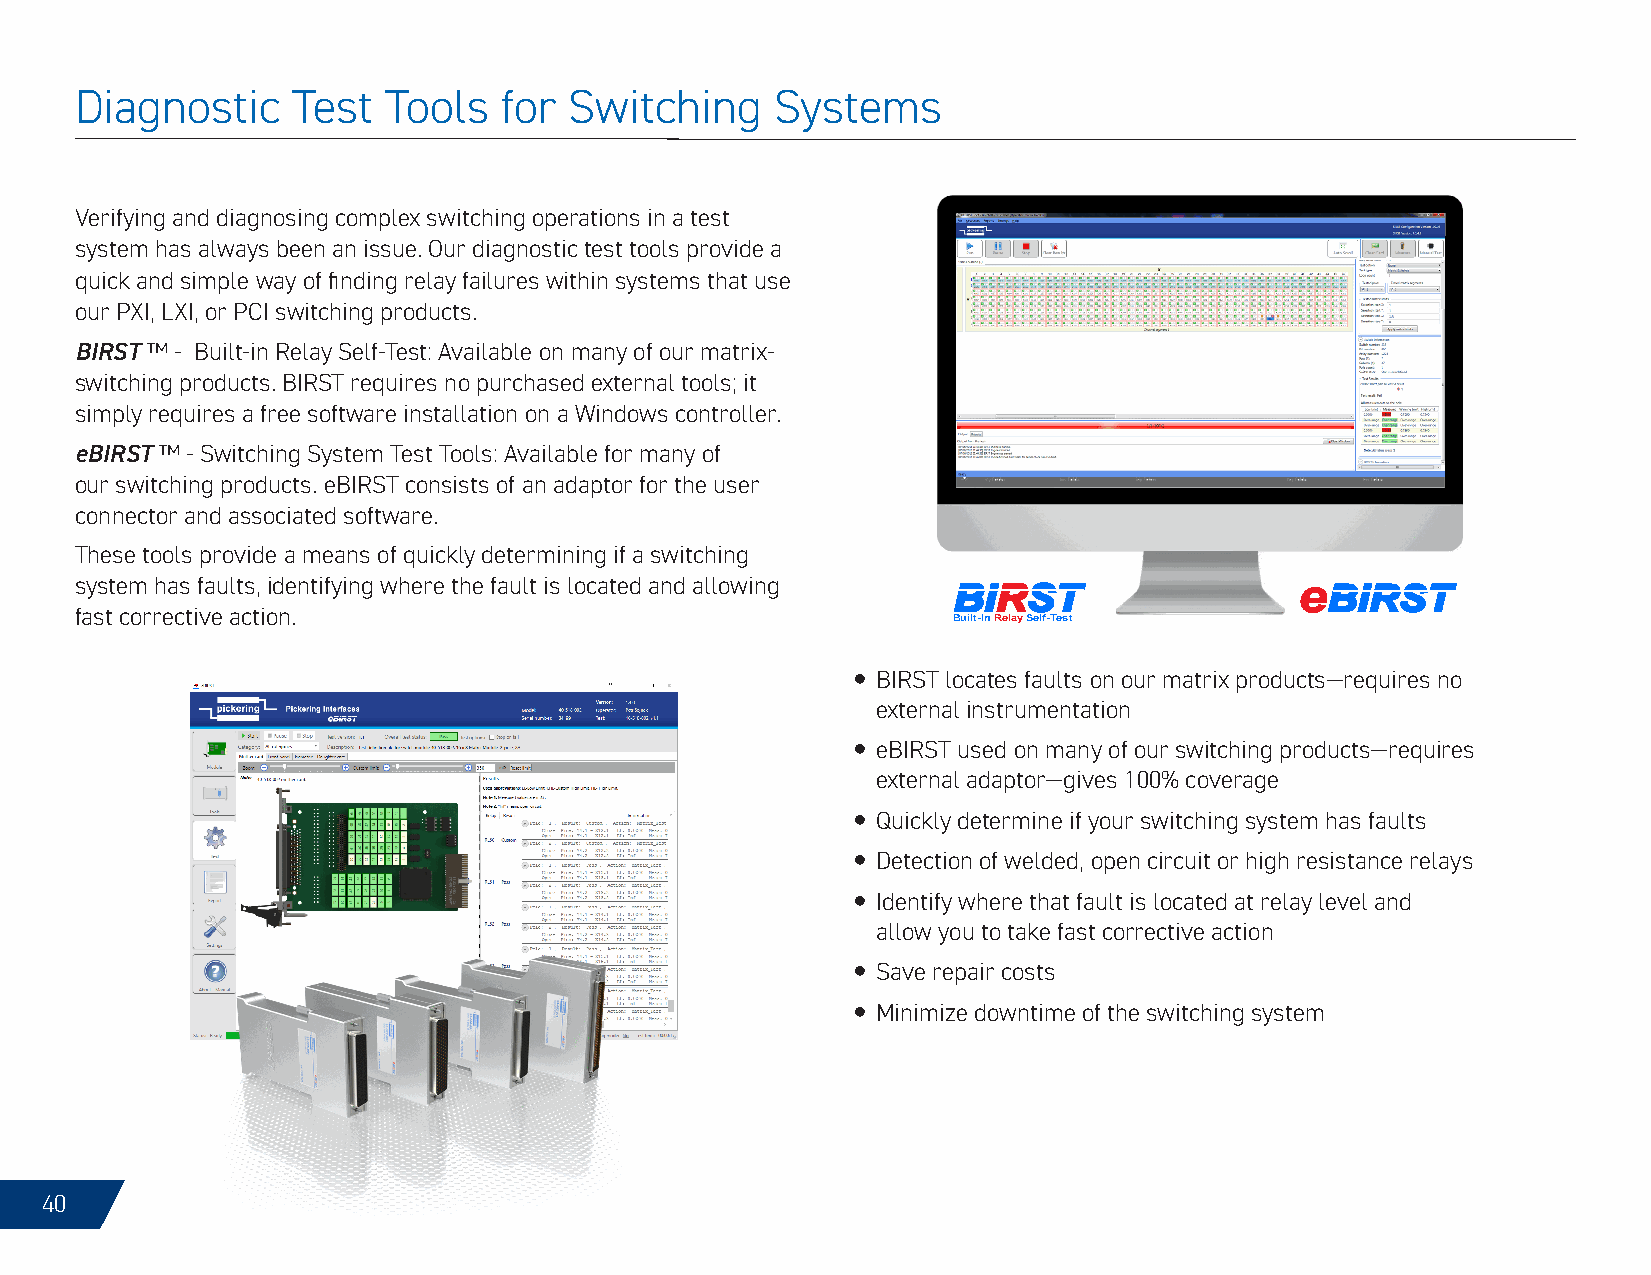
Diagnostic    Test   Tools  for  Switching    Systems
 Verifying and diagnosing complex switching operations in a test
 system has always been an issue. Our diagnostic test tools provide a
 quick and simple way of finding relay failures within systems that use
 our PXI, LXI, or PCI switching products.
 BIRST ™ - Built-in Relay Self-Test: Available on many of our matrix-
 switching products. BIRST requires no purchased external tools; it
 simply requires a free software installation on a Windows controller.
 eBIRST ™ - Switching System Test Tools: Available for many of
 our switching products. eBIRST consists of an adaptor for the user
 connector and associated software.
 These tools provide a means of quickly determining if a switching
 system has faults, identifying where the fault is located and allowing BIRST     eBIRST
 fast corrective action.
 Built-In Relay Self-Test
 y BIRST locates faults on our matrix products—requires no
 external instrumentation
 y eBIRST used on many of our switching products—requires
 external adaptor—gives 100% coverage
 y Quickly determine if your switching system has faults
 y Detection of welded, open circuit or high resistance relays
 y Identify where that fault is located at relay level and
 allow you to take fast corrective action
 y Save repair costs
 y Minimize downtime of the switching system
 40